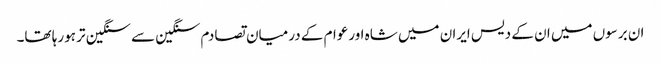
ان برسوں میں ان کے دیس ایران میں شاہ اورعوام کے درمیان تصادم سنگین سے سنگین تر ہورہا تھا۔